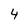
Character: 4